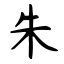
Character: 朱